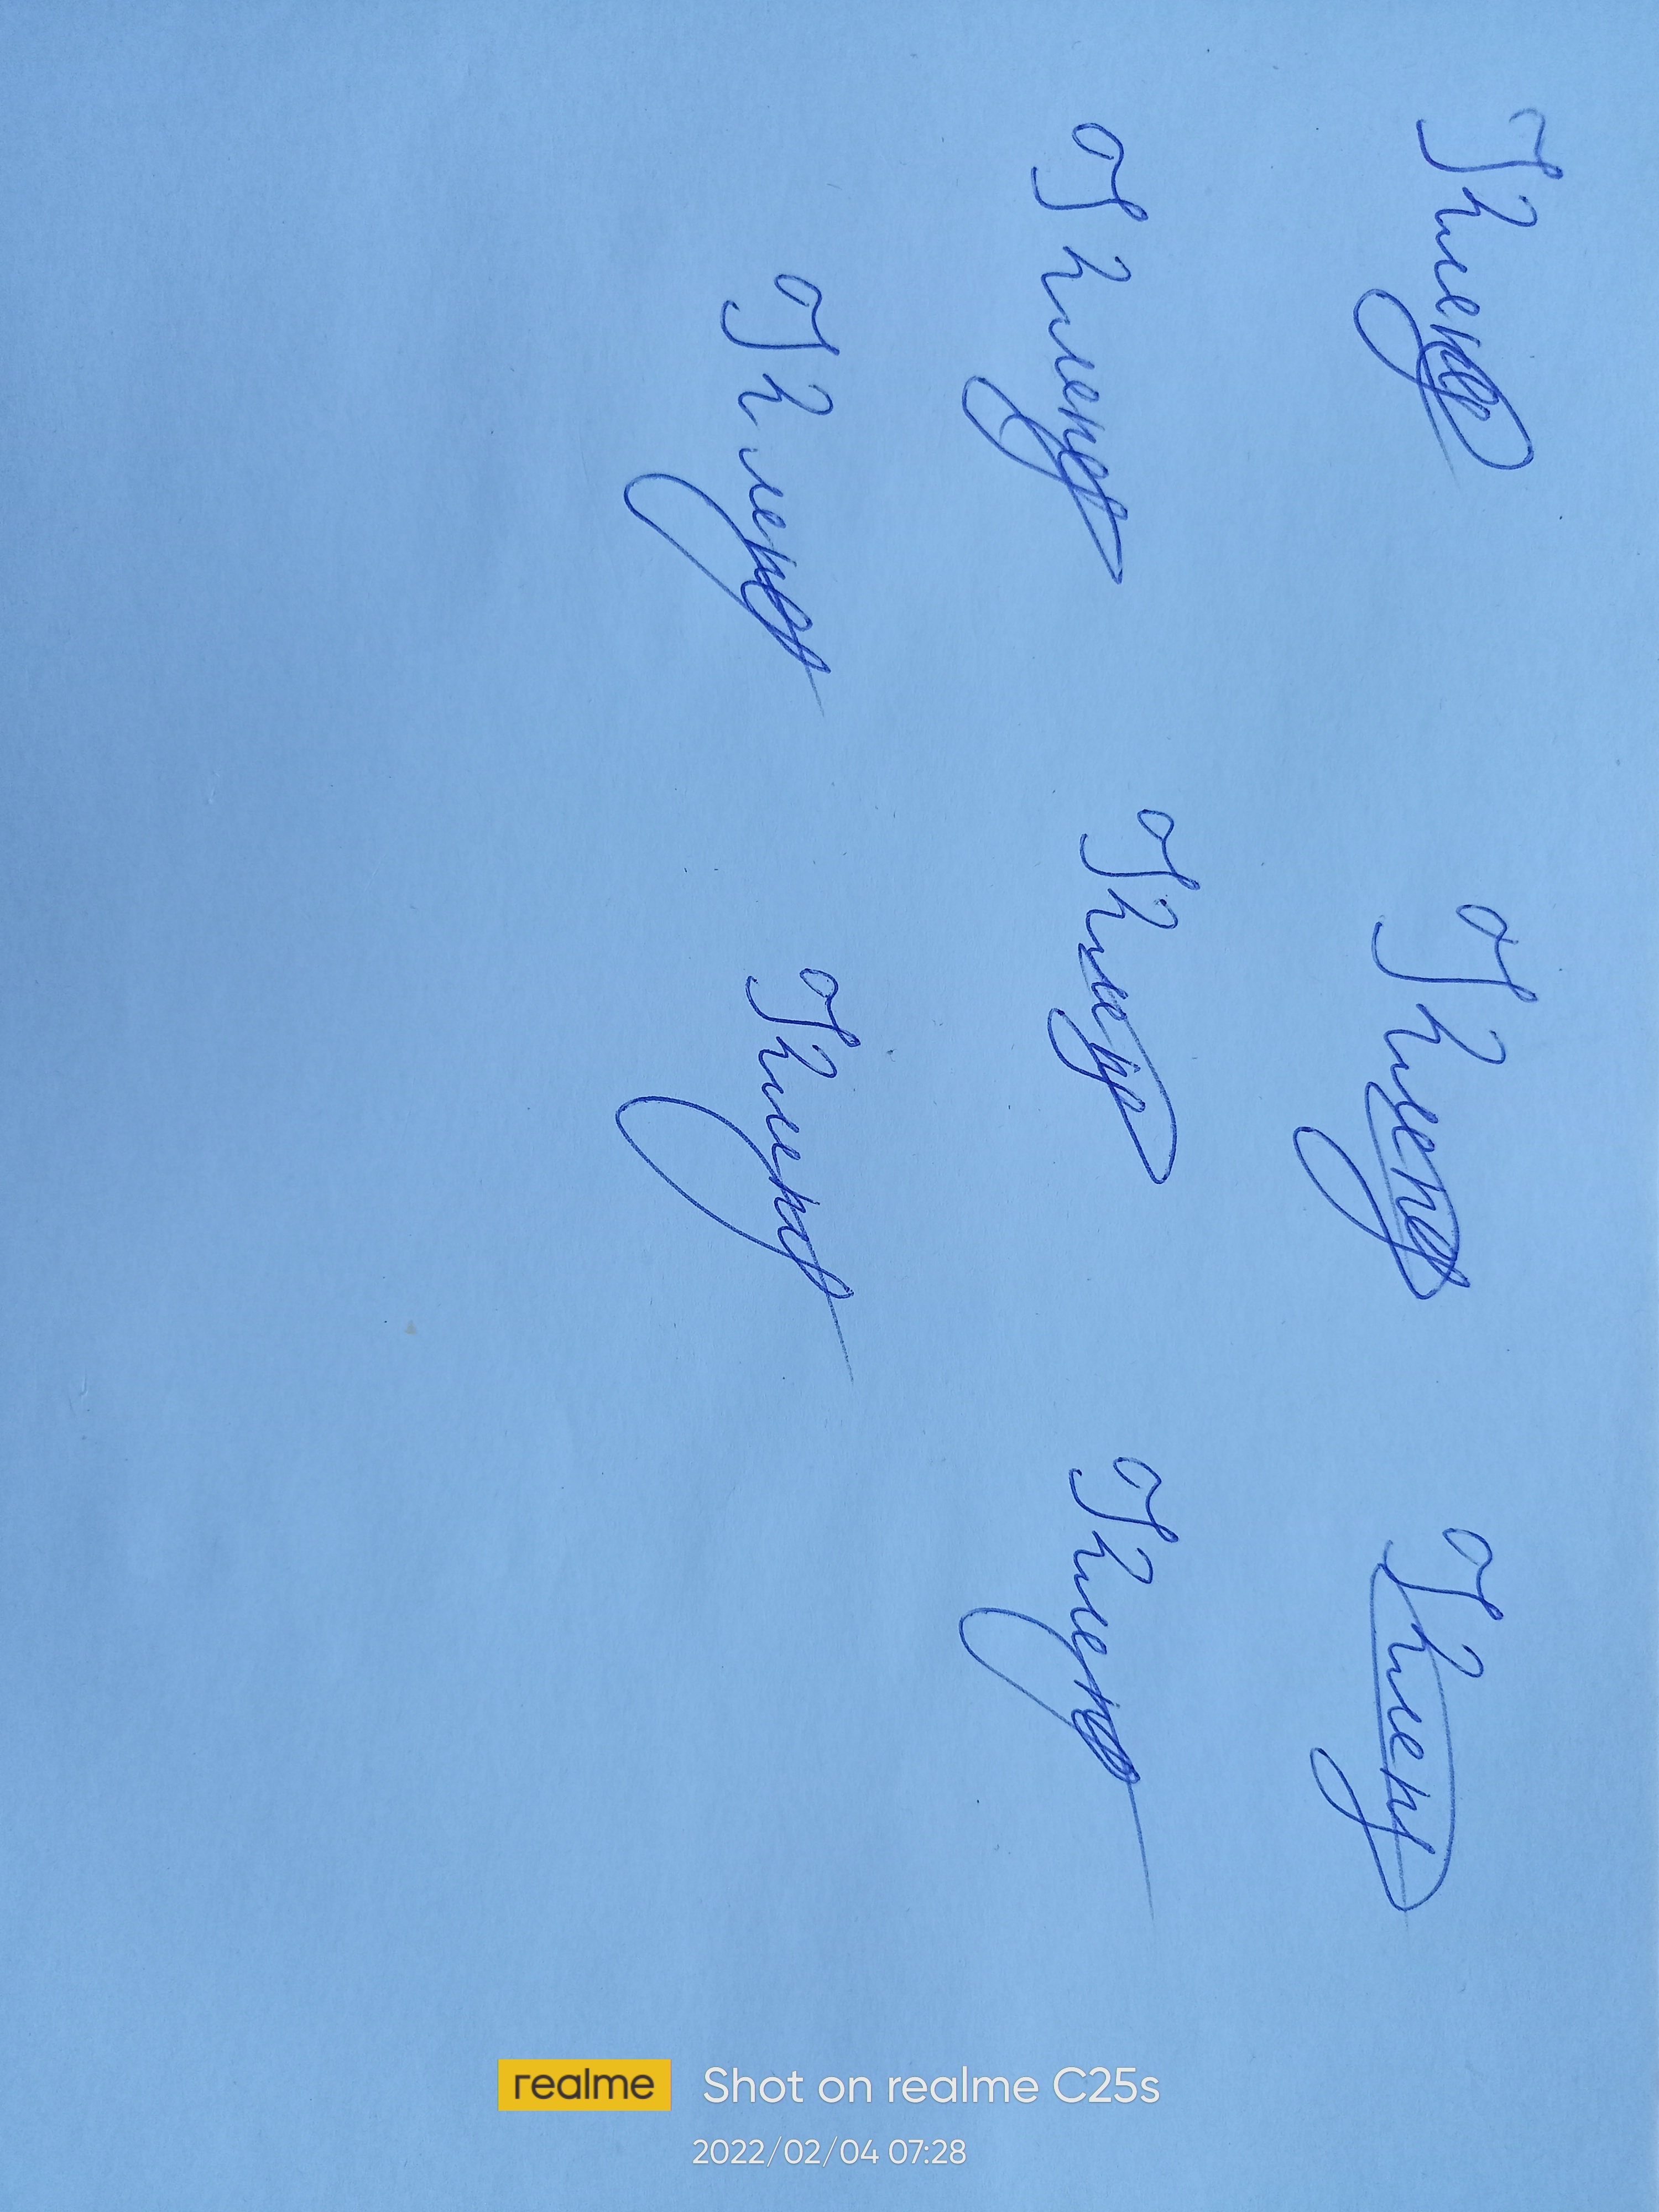
Signature authenticity: genuine